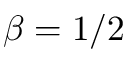
\beta = 1 / 2